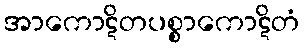
အာကောဋိတပစ္စာကောဋိတံ